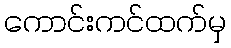
ကောင်းကင်ထက်မှ